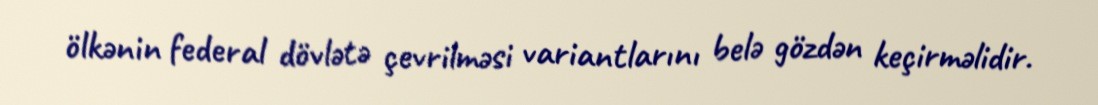
ölkənin federal dövlətə çevrilməsi variantlarını belə gözdən keçirməlidir.